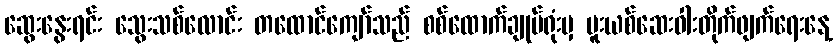
ဆွေးနွေးရင်း သွေးသစ်လောင်း တထောင်ကျော်သည် စစ်ထောက်ချုပ်ရုံးမှ မူးယစ်ဆေးဝါးတိုက်ဖျက်ရေးနေ့